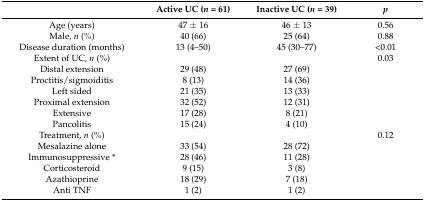
<table><thead><tr><td></td><td><b>Active UC (<i>n</i> = 61)</b></td><td><b>Inactive UC (<i>n</i> = 39)</b></td><td><b><i>p</i></b></td></tr></thead><tbody><tr><td>Age (years)</td><td>47 ± 16</td><td>46 ± 13</td><td>0.56</td></tr><tr><td>Male, <i>n</i> (%)</td><td>40 (66)</td><td>25 (64)</td><td>0.88</td></tr><tr><td>Disease duration (months)</td><td>13 (4–50)</td><td>45 (30–77)</td><td>&lt;0.01</td></tr><tr><td>Extent of UC, <i>n</i> (%)</td><td></td><td></td><td>0.03</td></tr><tr><td>Distal extension</td><td>29 (48)</td><td>27 (69)</td><td></td></tr><tr><td>Proctitis/sigmoiditis</td><td>8 (13)</td><td>14 (36)</td><td></td></tr><tr><td>Left sided</td><td>21 (35)</td><td>13 (33)</td><td></td></tr><tr><td>Proximal extension</td><td>32 (52)</td><td>12 (31)</td><td></td></tr><tr><td>Extensive</td><td>17 (28)</td><td>8 (21)</td><td></td></tr><tr><td>Pancolitis</td><td>15 (24)</td><td>4 (10)</td><td></td></tr><tr><td>Treatment, <i>n</i> (%)</td><td></td><td></td><td>0.12</td></tr><tr><td>Mesalazine alone</td><td>33 (54)</td><td>28 (72)</td><td></td></tr><tr><td>Immunosuppressive *</td><td>28 (46)</td><td>11 (28)</td><td></td></tr><tr><td>Corticosteroid</td><td>9 (15)</td><td>3 (8)</td><td></td></tr><tr><td>Azathioprine</td><td>18 (29)</td><td>7 (18)</td><td></td></tr><tr><td>Anti TNF</td><td>1 (2)</td><td>1 (2)</td><td></td></tr></tbody></table>